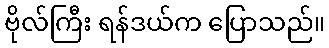
ဗိုလ်ကြီး ရန်ဒယ်က ပြောသည်။